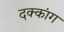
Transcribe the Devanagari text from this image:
दक्कांग